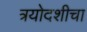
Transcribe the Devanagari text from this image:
त्रयोदशीचा